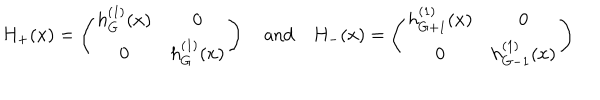
H _ { + } ( x ) = \left( \begin{matrix} { { h _ { G } ^ { ( 1 ) } ( x ) } } & { { 0 } } \\ { { 0 } } & { { h _ { G } ^ { ( 1 ) } ( x ) } } \\ \end{matrix} \right) \quad \mathrm { a n d } \quad H _ { - } ( x ) = \left( \begin{matrix} { { h _ { G + 1 } ^ { ( 1 ) } ( x ) } } & { { 0 } } \\ { { 0 } } & { { h _ { G - 1 } ^ { ( 1 ) } ( x ) } } \\ \end{matrix} \right)